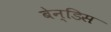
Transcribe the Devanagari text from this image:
बेन्डिस